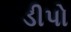
ડીપો